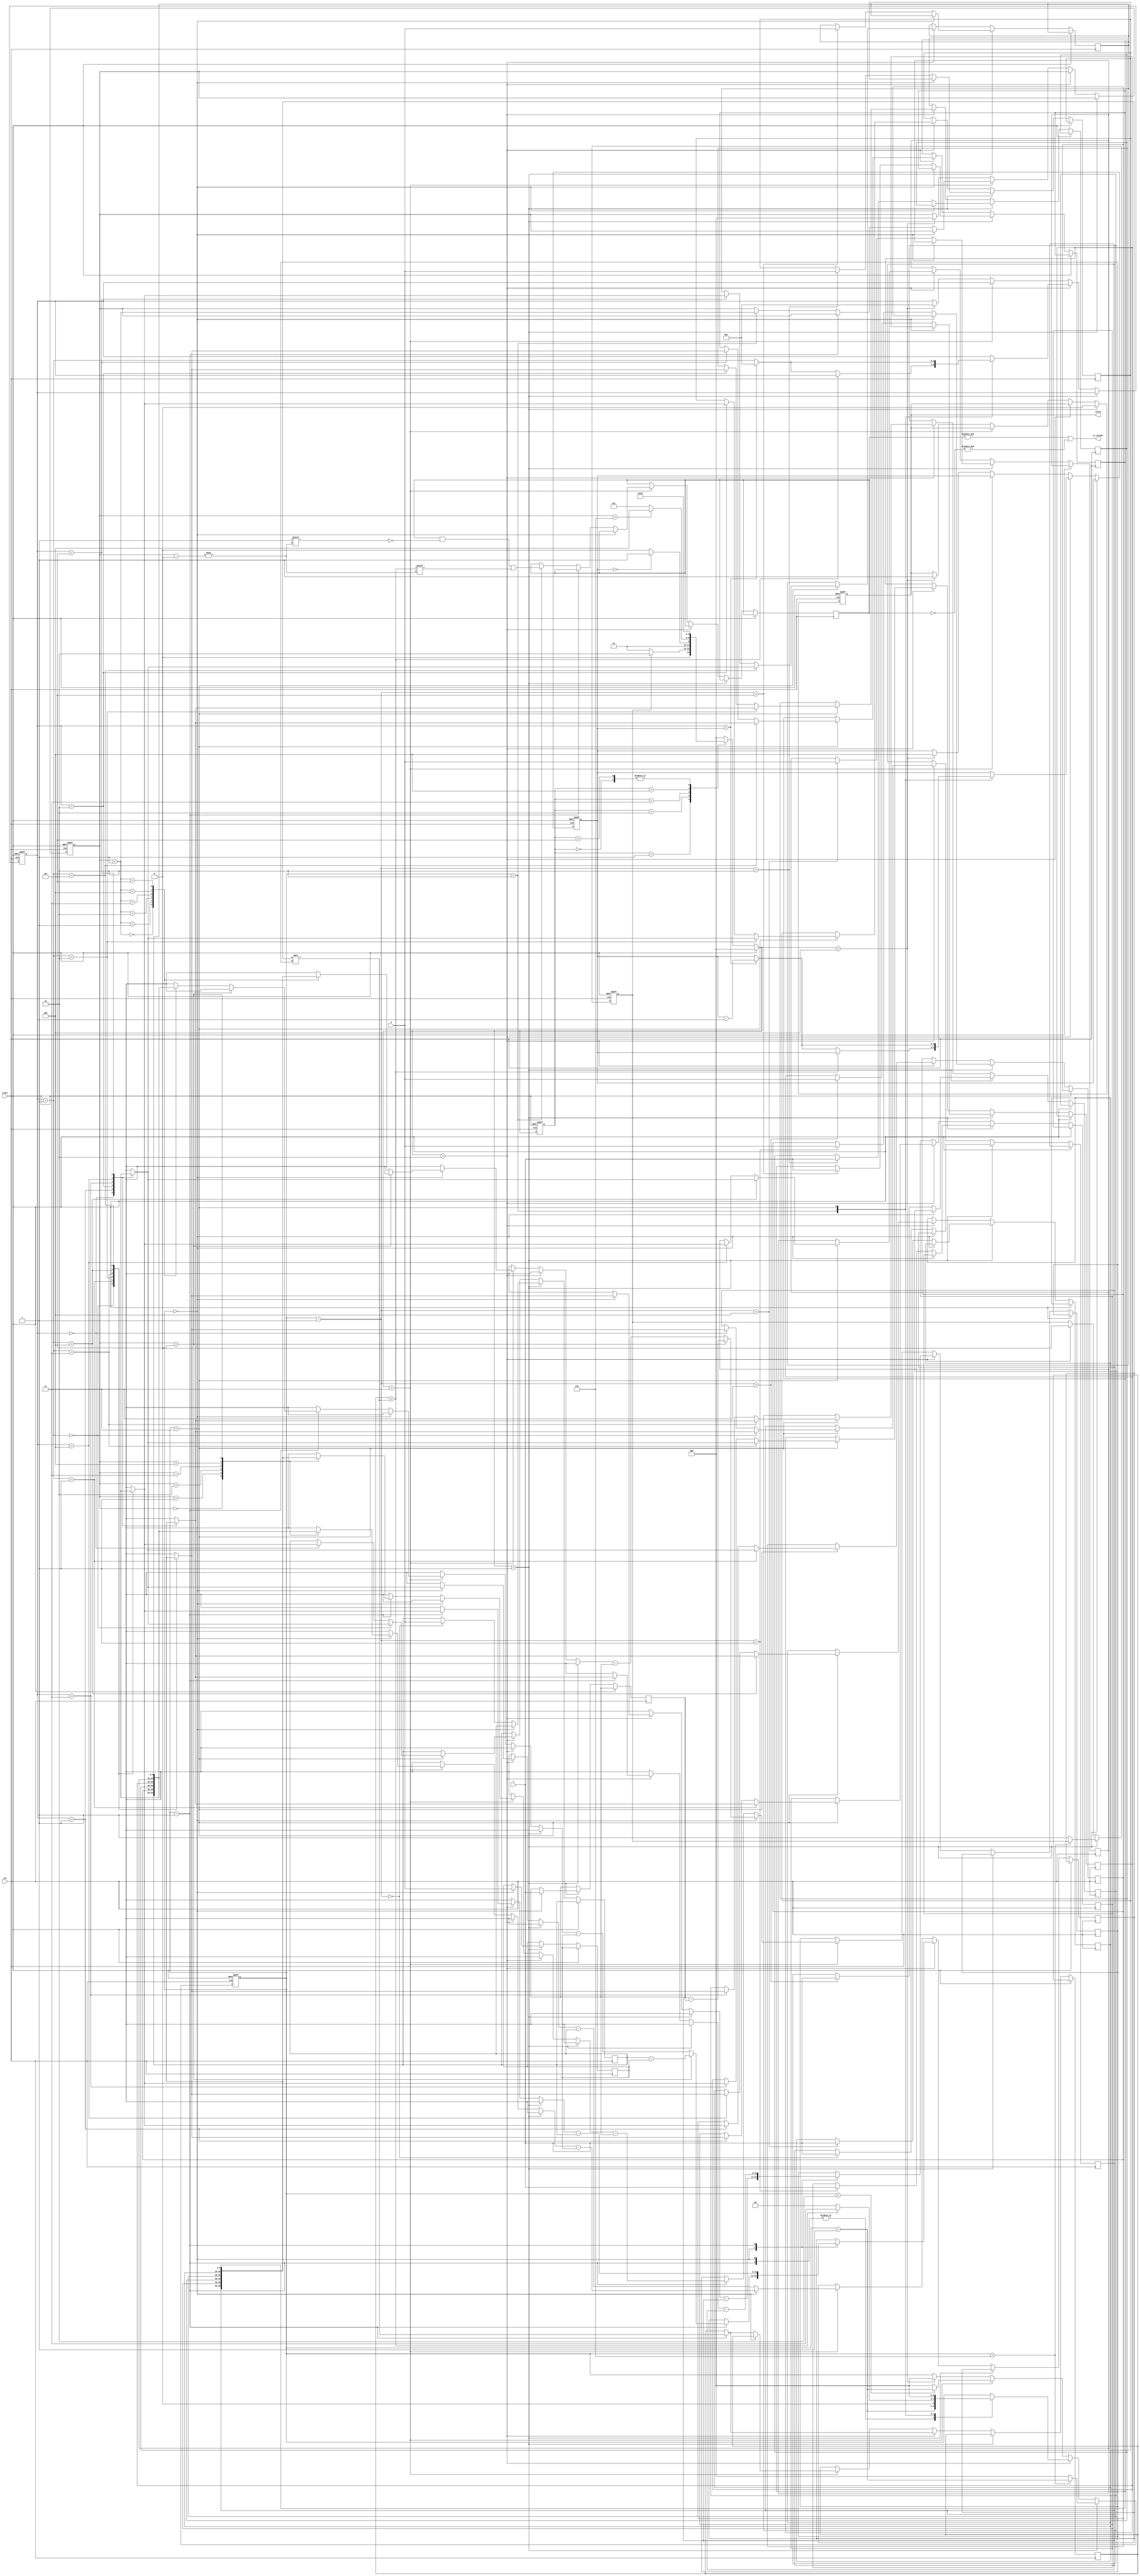
module geofence ( clk,reset,X,Y,valid,is_inside);
input clk;
input reset;
input [9:0] X;
input [9:0] Y;
output reg valid;
output is_inside;
//reg is_inside;

reg [2:0]state, next_state;
parameter IDLE = 3'd0,
	  READ = 3'd1,
      SORTING = 3'd2,
	  CAL = 3'd3,
	  OUT = 3'd4,
      BUFFF = 3'd5;

reg [2:0] sort_cnt;
reg [2:0] cnt;
reg [9:0] tmp_x[0:5];
reg [9:0] tmp_y[0:5];
reg [9:0] target_x;
reg [9:0] target_y;
reg [2:0] sort_idx;

reg signed [10:0] buf1;
reg signed [10:0] buf2;
reg signed [21:0] tmp;

reg [2:0] cnt_dot;

reg done;

wire signed [21:0]mul;

assign mul = buf1 * buf2;

reg signed [19:0]mul1;
reg signed [19:0]mul2;
reg [5:0] result;

wire out_;
assign out_ = (mul1 > mul2);
assign is_inside = &result | &(~result);

always@(posedge clk or posedge reset)begin
    if(reset)
        state <= IDLE;
    else 
        state <= next_state;
end

always@(*)begin
    if(reset)
        next_state = IDLE;
    else begin
        case(state)
            IDLE:
                next_state = READ;
            READ:begin
                if(done == 1) next_state = SORTING;
                else next_state = READ;  
            end
            SORTING:begin
                if(sort_idx == 0) next_state = CAL;
                else next_state = SORTING;
            end
            CAL:begin
                if(cnt_dot == 6) next_state = OUT;
                else next_state = CAL;
            end 
            OUT:
                next_state = BUFFF;
            BUFFF:
                next_state = READ; 
            default:    next_state = IDLE;
        endcase
    end 
end


//DATA INPUT
always@(posedge clk or posedge reset)begin
    if(reset)begin
        cnt <= 0;
        done <= 0;
        sort_cnt <= 1;
        sort_idx <= 4;
        cnt_dot <= 0;
        valid <= 0;
    end
    else begin
        if(next_state == READ) begin
            valid <= 0;
            if(cnt == 0)begin
                target_x <= X;
                target_y <= Y;
            end
            else begin
                tmp_x[cnt-1] <= X;
                tmp_y[cnt-1] <= Y;
            end
            if(cnt < 6)
                cnt <= cnt + 1;
            else begin
                cnt <= 0;
                done <= 1;
            end
        end
        else if(next_state == SORTING)begin
            done <= 0;
            case(cnt)
                0:begin
                    buf1 <= tmp_x[sort_cnt] - tmp_x[0];       
                    buf2 <= tmp_y[sort_cnt+1] - tmp_y[0];    
                    cnt <= cnt + 1;
                end
                1:begin
                    tmp <= mul;
                    buf2 <= tmp_y[sort_cnt] - tmp_y[0];    
                    buf1 <= tmp_x[sort_cnt+1] - tmp_x[0]; 
                    cnt <= cnt + 1;
                end
                2:begin
                    if(tmp > mul)begin
                        cnt <= 3;
                    end
                    else begin
                        if(sort_cnt == sort_idx) begin
                            sort_idx <= sort_idx - 1;
                            sort_cnt <= 1;
                        end
                        else 
                            sort_cnt <= sort_cnt + 1;
                        cnt <= 0;
                    end
                end
                3:begin
                    tmp_x[sort_cnt] <= tmp_x[sort_cnt+1];
                    tmp_x[sort_cnt+1] <= tmp_x[sort_cnt];
                    tmp_y[sort_cnt] <= tmp_y[sort_cnt+1];
                    tmp_y[sort_cnt+1] <= tmp_y[sort_cnt];
                    if(sort_cnt == sort_idx) begin
                            sort_idx <= sort_idx - 1;
                            sort_cnt <= 1;
                    end
                    else 
                        sort_cnt <= sort_cnt + 1;
                    cnt <= 0;
                end
            endcase
        end
        else if(next_state == CAL)
        begin

            if(cnt == 0)
            begin
                buf1 <= tmp_x[cnt_dot] - target_x;
                if(cnt_dot == 5)
                    buf2 <= tmp_y[0] - target_y;
                else
                    buf2 <= tmp_y[cnt_dot+1] - target_y;
            end
            else if(cnt == 1)
            begin
                tmp <= mul;
                if(cnt_dot == 5)
                    buf1 <= tmp_x[0] - target_x;
                else
                    buf1 <= tmp_x[cnt_dot+1] - target_x;
                buf2 <= tmp_y[cnt_dot] - target_y;
            end
            else if(cnt == 2)
            begin
                result[cnt_dot] <= (tmp > mul);
                cnt_dot <= cnt_dot + 1;
            end



            if(cnt < 2)
            begin
                cnt <= cnt + 1;
            end
            else 
                cnt <= 0;
        end
        else if(next_state == OUT)
        begin
            sort_idx <= 4;
            sort_cnt <= 1;
            cnt_dot <= 0;
            cnt <= 0;
            valid <= 1;
        end
    end
end

endmodule